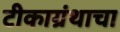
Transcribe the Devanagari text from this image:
टीकाग्रंथाचा